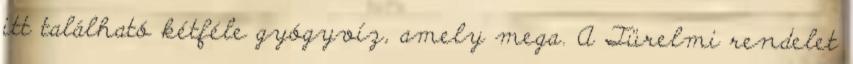
itt található kétféle gyógyvíz, amely mega. A Türelmi rendelet